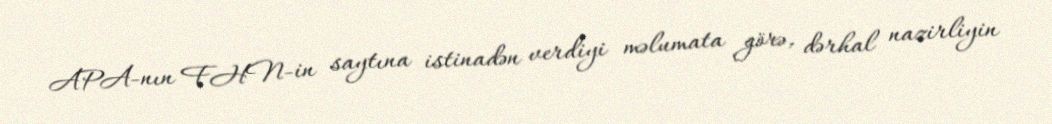
APA-nın FHN-in saytına istinadən verdiyi məlumata görə, dərhal nazirliyin